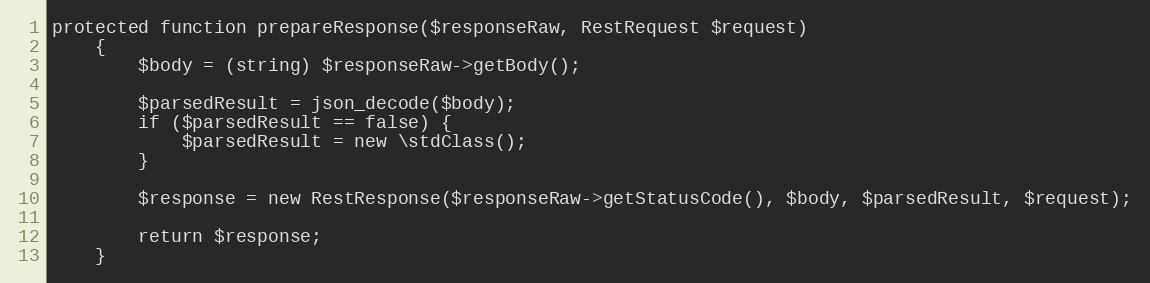
Language: PHP
protected function prepareResponse($responseRaw, RestRequest $request)
    {
        $body = (string) $responseRaw->getBody();

        $parsedResult = json_decode($body);
        if ($parsedResult == false) {
            $parsedResult = new \stdClass();
        }

        $response = new RestResponse($responseRaw->getStatusCode(), $body, $parsedResult, $request);

        return $response;
    }